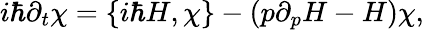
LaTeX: i\hbar\partial_{t}\chi=\{ i\hbar H,\chi\} -(p\partial_{p}H-H)\chi,